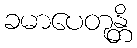
ခမာပေတုန္တိ